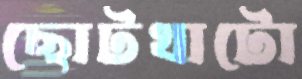
ছোটখাটো